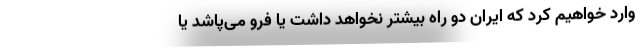
وارد خواهیم کرد که ایران دو راه بیشتر نخواهد داشت یا فرو می‌پاشد یا